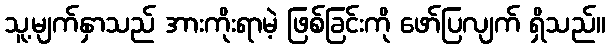
သူ့မျက်နှာသည် အားကိုးရာမဲ့ ဖြစ်ခြင်းကို ဖော်ပြလျက် ရှိသည်။